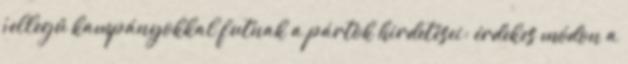
jellegű kampányokkal futnak a pártok hirdetései; érdekes módon a